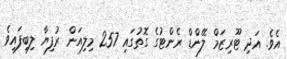
އެވެ. އަދި ޓޫރިޒަމް ލޭންޑް ރެންޓުގެ ގޮތުގައި 257 މިލިއަން ރުފިޔާ ލިބިފައިވެ